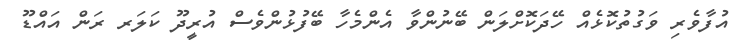
އުފާވެރި ވަގުތުކޮޅެއް ހޭދަކޮށްލަން ބޭނުންވާ އެންމެހާ ބޭފުޅުންވެސް އުރީދޫ ކަލަރ ރަން އައްޑޫ